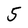
Character: 5